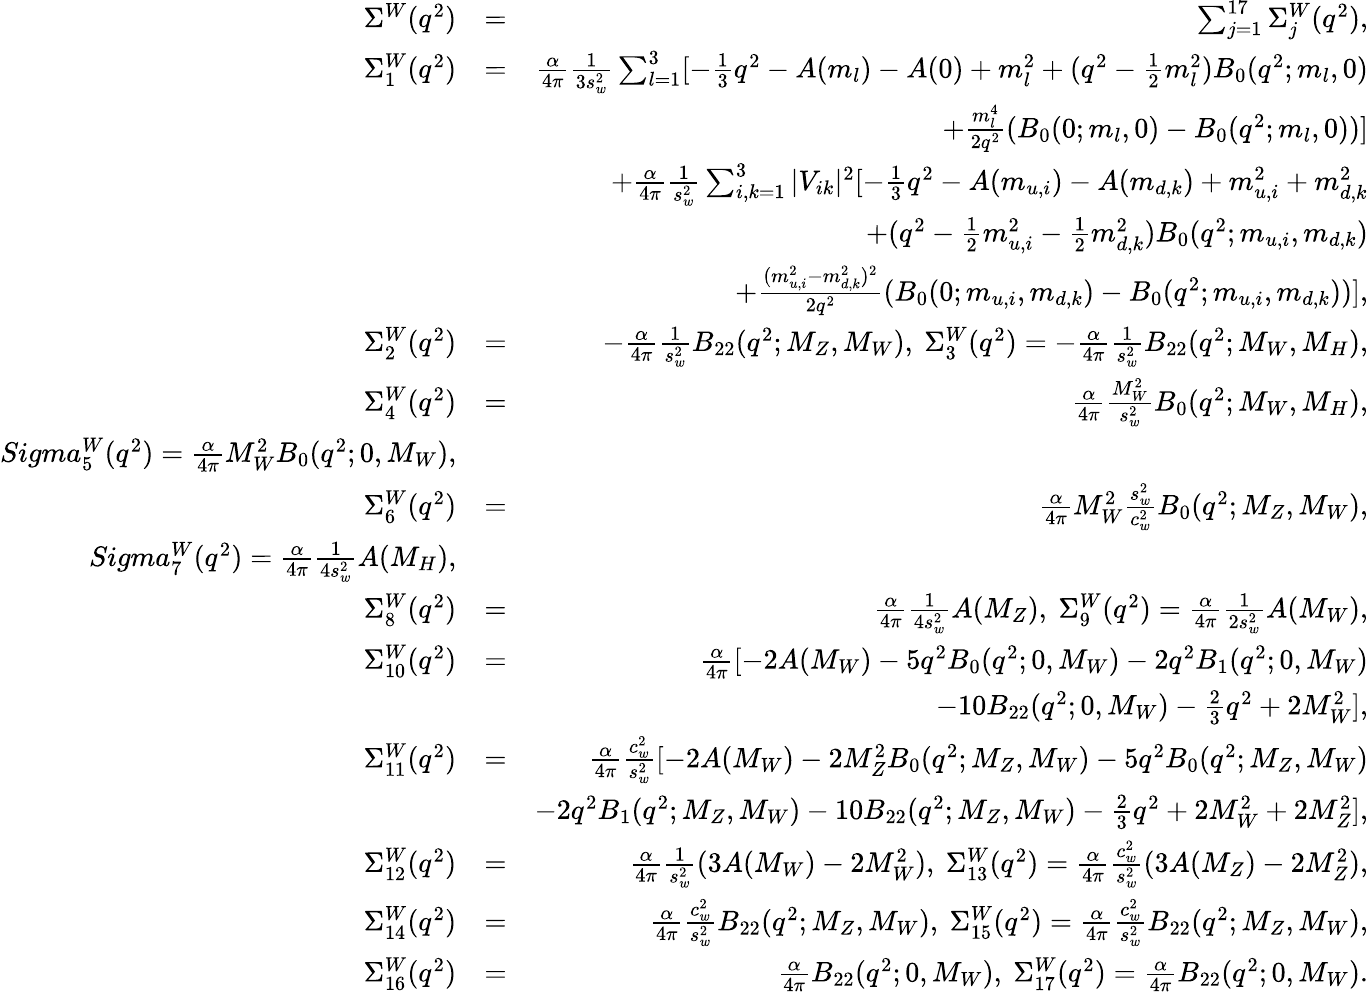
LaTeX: \begin{array}{rlr}{\Sigma^{W}(q^{2})}&{=}&{\sum_{j=1}^{17}\Sigma_{j}^{W}(q^{2}),}\\ {\Sigma_{1}^{W}(q^{2})}&{=}&{\frac{\alpha}{4\pi}\frac{1}{3s_{w}^{2}}\sum_{l=1}^{3}[-\frac{1}{3}q^{2}-A(m_{l})-A(0)+m_{l}^{2}+(q^{2}-\frac{1}{2}m_{l}^{2})B_{0}(q^{2};m_{l},0)}\\ &{}&{+\frac{m_{l}^{4}}{2q^{2}}(B_{0}(0;m_{l},0)-B_{0}(q^{2};m_{l},0))]}\\ &{}&{+\frac{\alpha}{4\pi}\frac{1}{s_{w}^{2}}\sum_{i,k=1}^{3}|V_{ik}|^{2}[-\frac{1}{3}q^{2}-A(m_{u,i})-A(m_{d,k})+m_{u,i}^{2}+m_{d,k}^{2}}\\ &{}&{+(q^{2}-\frac{1}{2}m_{u,i}^{2}-\frac{1}{2}m_{d,k}^{2})B_{0}(q^{2};m_{u,i},m_{d,k})}\\ &{}&{+\frac{(m_{u,i}^{2}-m_{d,k}^{2})^{2}}{2q^{2}}(B_{0}(0;m_{u,i},m_{d,k})-B_{0}(q^{2};m_{u,i},m_{d,k}))],}\\ {\Sigma_{2}^{W}(q^{2})}&{=}&{-\frac{\alpha}{4\pi}\frac{1}{s_{w}^{2}}B_{22}(q^{2};M_{Z},M_{W}),\ \Sigma_{3}^{W}(q^{2})=-\frac{\alpha}{4\pi}\frac{1}{s_{w}^{2}}B_{22}(q^{2};M_{W},M_{H}),}\\ {\Sigma_{4}^{W}(q^{2})}&{=}&{\frac{\alpha}{4\pi}\frac{M_{W}^{2}}{s_{w}^{2}}B_{0}(q^{2};M_{W},M_{H}),}\\ {Sigma_{5}^{W}(q^{2})=\frac{\alpha}{4\pi}M_{W}^{2}B_{0}(q^{2};0,M_{W}),}\\ {\Sigma_{6}^{W}(q^{2})}&{=}&{\frac{\alpha}{4\pi}M_{W}^{2}\frac{s_{w}^{2}}{c_{w}^{2}}B_{0}(q^{2};M_{Z},M_{W}),}\\ {Sigma_{7}^{W}(q^{2})=\frac{\alpha}{4\pi}\frac{1}{4s_{w}^{2}}A(M_{H}),}\\ {\Sigma_{8}^{W}(q^{2})}&{=}&{\frac{\alpha}{4\pi}\frac{1}{4s_{w}^{2}}A(M_{Z}),\ \Sigma_{9}^{W}(q^{2})=\frac{\alpha}{4\pi}\frac{1}{2s_{w}^{2}}A(M_{W}),}\\ {\Sigma_{10}^{W}(q^{2})}&{=}&{\frac{\alpha}{4\pi}[-2A(M_{W})-5q^{2}B_{0}(q^{2};0,M_{W})-2q^{2}B_{1}(q^{2};0,M_{W})}\\ &{}&{-10B_{22}(q^{2};0,M_{W})-\frac{2}{3}q^{2}+2M_{W}^{2}],}\\ {\Sigma_{11}^{W}(q^{2})}&{=}&{\frac{\alpha}{4\pi}\frac{c_{w}^{2}}{s_{w}^{2}}[-2A(M_{W})-2M_{Z}^{2}B_{0}(q^{2};M_{Z},M_{W})-5q^{2}B_{0}(q^{2};M_{Z},M_{W})}\\ &{}&{-2q^{2}B_{1}(q^{2};M_{Z},M_{W})-10B_{22}(q^{2};M_{Z},M_{W})-\frac{2}{3}q^{2}+2M_{W}^{2}+2M_{Z}^{2}],}\\ {\Sigma_{12}^{W}(q^{2})}&{=}&{\frac{\alpha}{4\pi}\frac{1}{s_{w}^{2}}(3A(M_{W})-2M_{W}^{2}),\ \Sigma_{13}^{W}(q^{2})=\frac{\alpha}{4\pi}\frac{c_{w}^{2}}{s_{w}^{2}}(3A(M_{Z})-2M_{Z}^{2}),}\\ {\Sigma_{14}^{W}(q^{2})}&{=}&{\frac{\alpha}{4\pi}\frac{c_{w}^{2}}{s_{w}^{2}}B_{22}(q^{2};M_{Z},M_{W}),\ \Sigma_{15}^{W}(q^{2})=\frac{\alpha}{4\pi}\frac{c_{w}^{2}}{s_{w}^{2}}B_{22}(q^{2};M_{Z},M_{W}),}\\ {\Sigma_{16}^{W}(q^{2})}&{=}&{\frac{\alpha}{4\pi}B_{22}(q^{2};0,M_{W}),\ \Sigma_{17}^{W}(q^{2})=\frac{\alpha}{4\pi}B_{22}(q^{2};0,M_{W}).}\end{array}